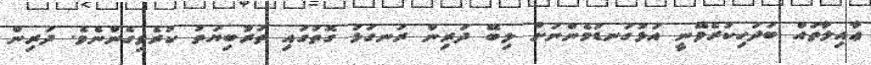
ޢާއިލާތައް ބަދަހިކުރެވޭނީ އަޅުގަނޑުމެންނަށް ލިބޭ ދަރިން ރަނގަޅު ގޮތުގައި ތަރުބިޔަތު ކުރެވިގެންނެވެ. ދަރިން